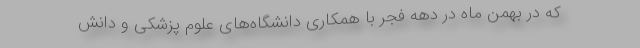
که در بهمن ماه در دهه فجر با همکاری دانشگاه‌های علوم پزشکی و دانش